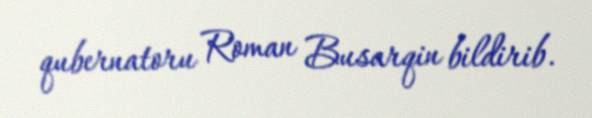
qubernatoru Roman Busarqin bildirib.